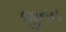
જીનન